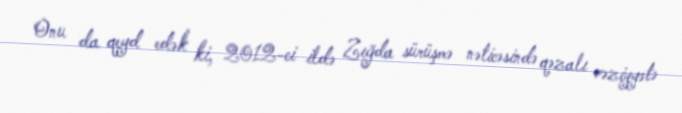
Onu da qeyd edək ki, 2012-ci ildə Zığda sürüşmə nəticəsində qəzalı vəziyyətə